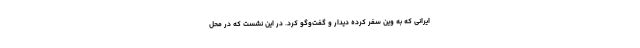
ایرانی که به وین سفر کرده دیدار و گفت‌وگو کرد. در این نشست که در محل